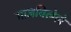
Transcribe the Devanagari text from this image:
गाजविलेले